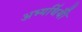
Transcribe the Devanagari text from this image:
अभ्यर्थियोँ